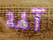
آلهة